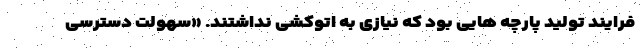
فرایند تولید پارچه هایی بود که نیازی به اتوکشی نداشتند. «سهولت دسترسی